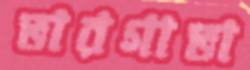
ভারগাভা